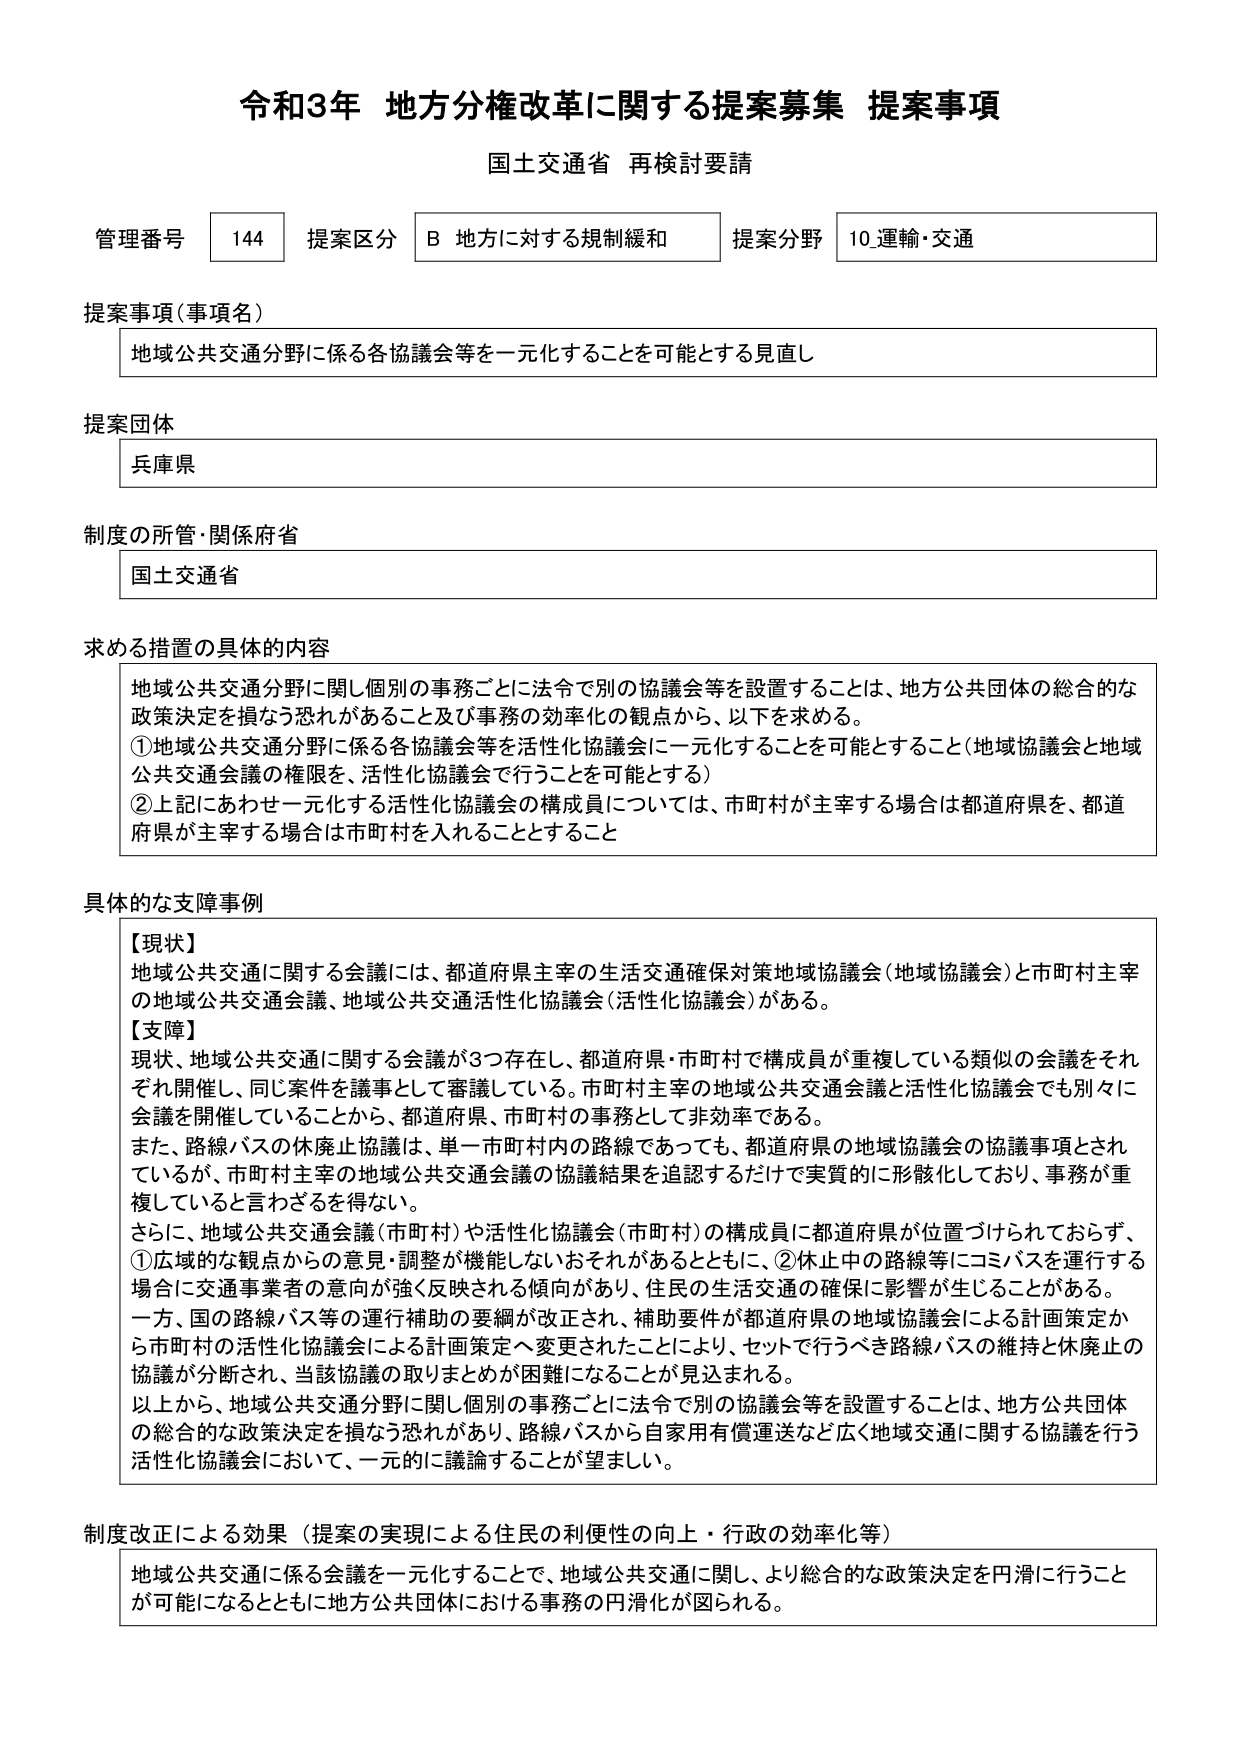
令和3年 地方分権改革に関する提案募集 提案事項
国土交通省 再検討要請

管理番号 144 提案区分 B 地方に対する規制緩和 提案分野 10.運輸・交通

提案事項（事項名）
地域公共交通分野に係る各協議会等を一元化することを可能とする見直し

提案団体
兵庫県

制度の所管・関係府省
国土交通省

求める措置の具体的内容
地域公共交通分野に関し個別の事務ごとに法令で別の協議会等を設置することは、地方公共団体の総合的な政策決定を損なう恐れがあること及び事務の効率化の観点から、以下を求める。
①地域公共交通分野に係る各協議会等を活性化協議会に一元化することを可能とすること（地域協議会と地域公共交通会議の権限を、活性化協議会で行うことを可能とする）
②上記にあわせ一元化する活性化協議会の構成員については、市町村が主宰する場合は都道府県を、都道府県が主宰する場合は市町村を入れることとすること

具体的な支障事例
【現状】
地域公共交通に関する会議には、都道府県主宰の生活交通確保対策地域協議会（地域協議会）と市町村主宰の地域公共交通会議、地域公共交通活性化協議会（活性化協議会）がある。
【支障】
現状、地域公共交通に関する会議が3つ存在し、都道府県・市町村で構成員が重複している類似の会議をそれぞれ開催し、同じ案件を議事として審議している。市町村主宰の地域公共交通会議と活性化協議会でも別々に会議を開催していることから、都道府県・市町村の事務として非効率である。
また、路線バスの休廃止協議は、単一市町村内の路線であっても、都道府県の地域協議会の協議事項とされているが、市町村主宰の地域公共交通会議の協議結果を追認するだけで実質的に形骸化しており、事務が重複していると言わざるを得ない。
さらに、地域公共交通会議（市町村）や活性化協議会（市町村）の構成員に都道府県が位置づけられておらず、①広域的な観点からの意見・調整が機能しないおそれがあるとともに、②休止中の路線等にコミバスを運行する場合に交通事業者の意向が強く反映される傾向があり、住民の生活交通の確保に影響が生じることがある。
一方、国の路線バス等の運行補助の要綱が改正され、補助要件が都道府県の地域協議会による計画策定から市町村の活性化協議会による計画策定へ変更されたことにより、セットで行うべき路線バスの維持と休廃止の協議が分断され、当該協議の取りまとめが困難になることが見込まれる。
以上から、地域公共交通分野に関し個別の事務ごとに法令で別の協議会等を設置することは、地方公共団体の総合的な政策決定を損なう恐れがあり、路線バスから自家用有償運送など広く地域交通に関する協議を行う活性化協議会において、一元的に議論することが望ましい。

制度改正による効果（提案の実現による住民の利便性の向上・行政の効率化等）
地域公共交通に係る会議を一元化することで、地域公共交通に関し、より総合的な政策決定を円滑に行うことが可能になるとともに地方公共団体における事務の円滑化が図られる。